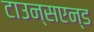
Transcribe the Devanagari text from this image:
टाउन्सएन्ड